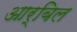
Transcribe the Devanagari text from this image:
आर्बिल